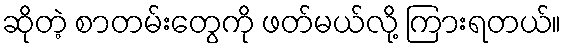
ဆိုတဲ့ စာတမ်းတွေကို ဖတ်မယ်လို့ ကြားရတယ်။